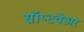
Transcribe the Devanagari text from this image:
सॉप्टवेअर